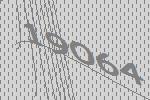
19064